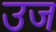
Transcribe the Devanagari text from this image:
उज